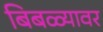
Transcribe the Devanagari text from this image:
बिबळ्यावर